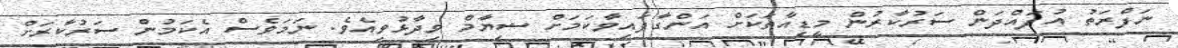
ނަފްރަތު އުފައްދަން ސަރުކާރުން މީޑިއާތަކަށް އަންގާފައިވާކަމަށް ޝިޔާމް ވިދާޅުވިއެވެ. ނަމަވެސް އެކަމުން ސަރުކާރަށް